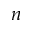
n